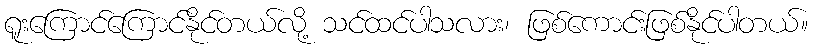
ရူးကြောင်ကြောင်နိုင်တယ်လို့ သင်ထင်ပါသလား၊ ဖြစ်ကောင်းဖြစ်နိုင်ပါတယ်။